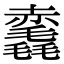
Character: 𧹺